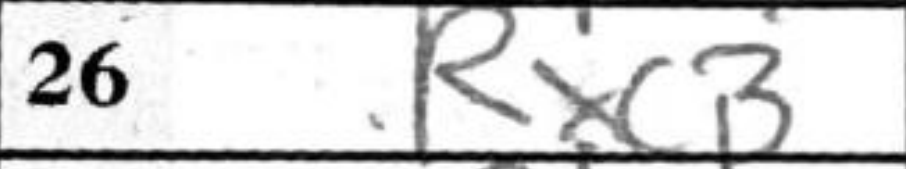
Transcription: Rxc3